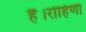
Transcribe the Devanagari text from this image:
हैं।रोहिणी